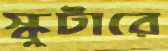
স্কুটারে